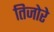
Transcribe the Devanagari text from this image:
तिजोरे